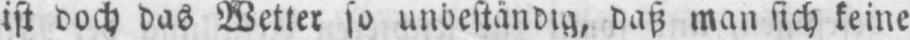
ist doch das Wetter so unbeständig, daß man sich keine